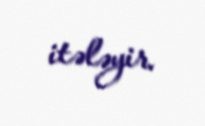
itələyir.